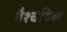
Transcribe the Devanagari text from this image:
वैश्चविक